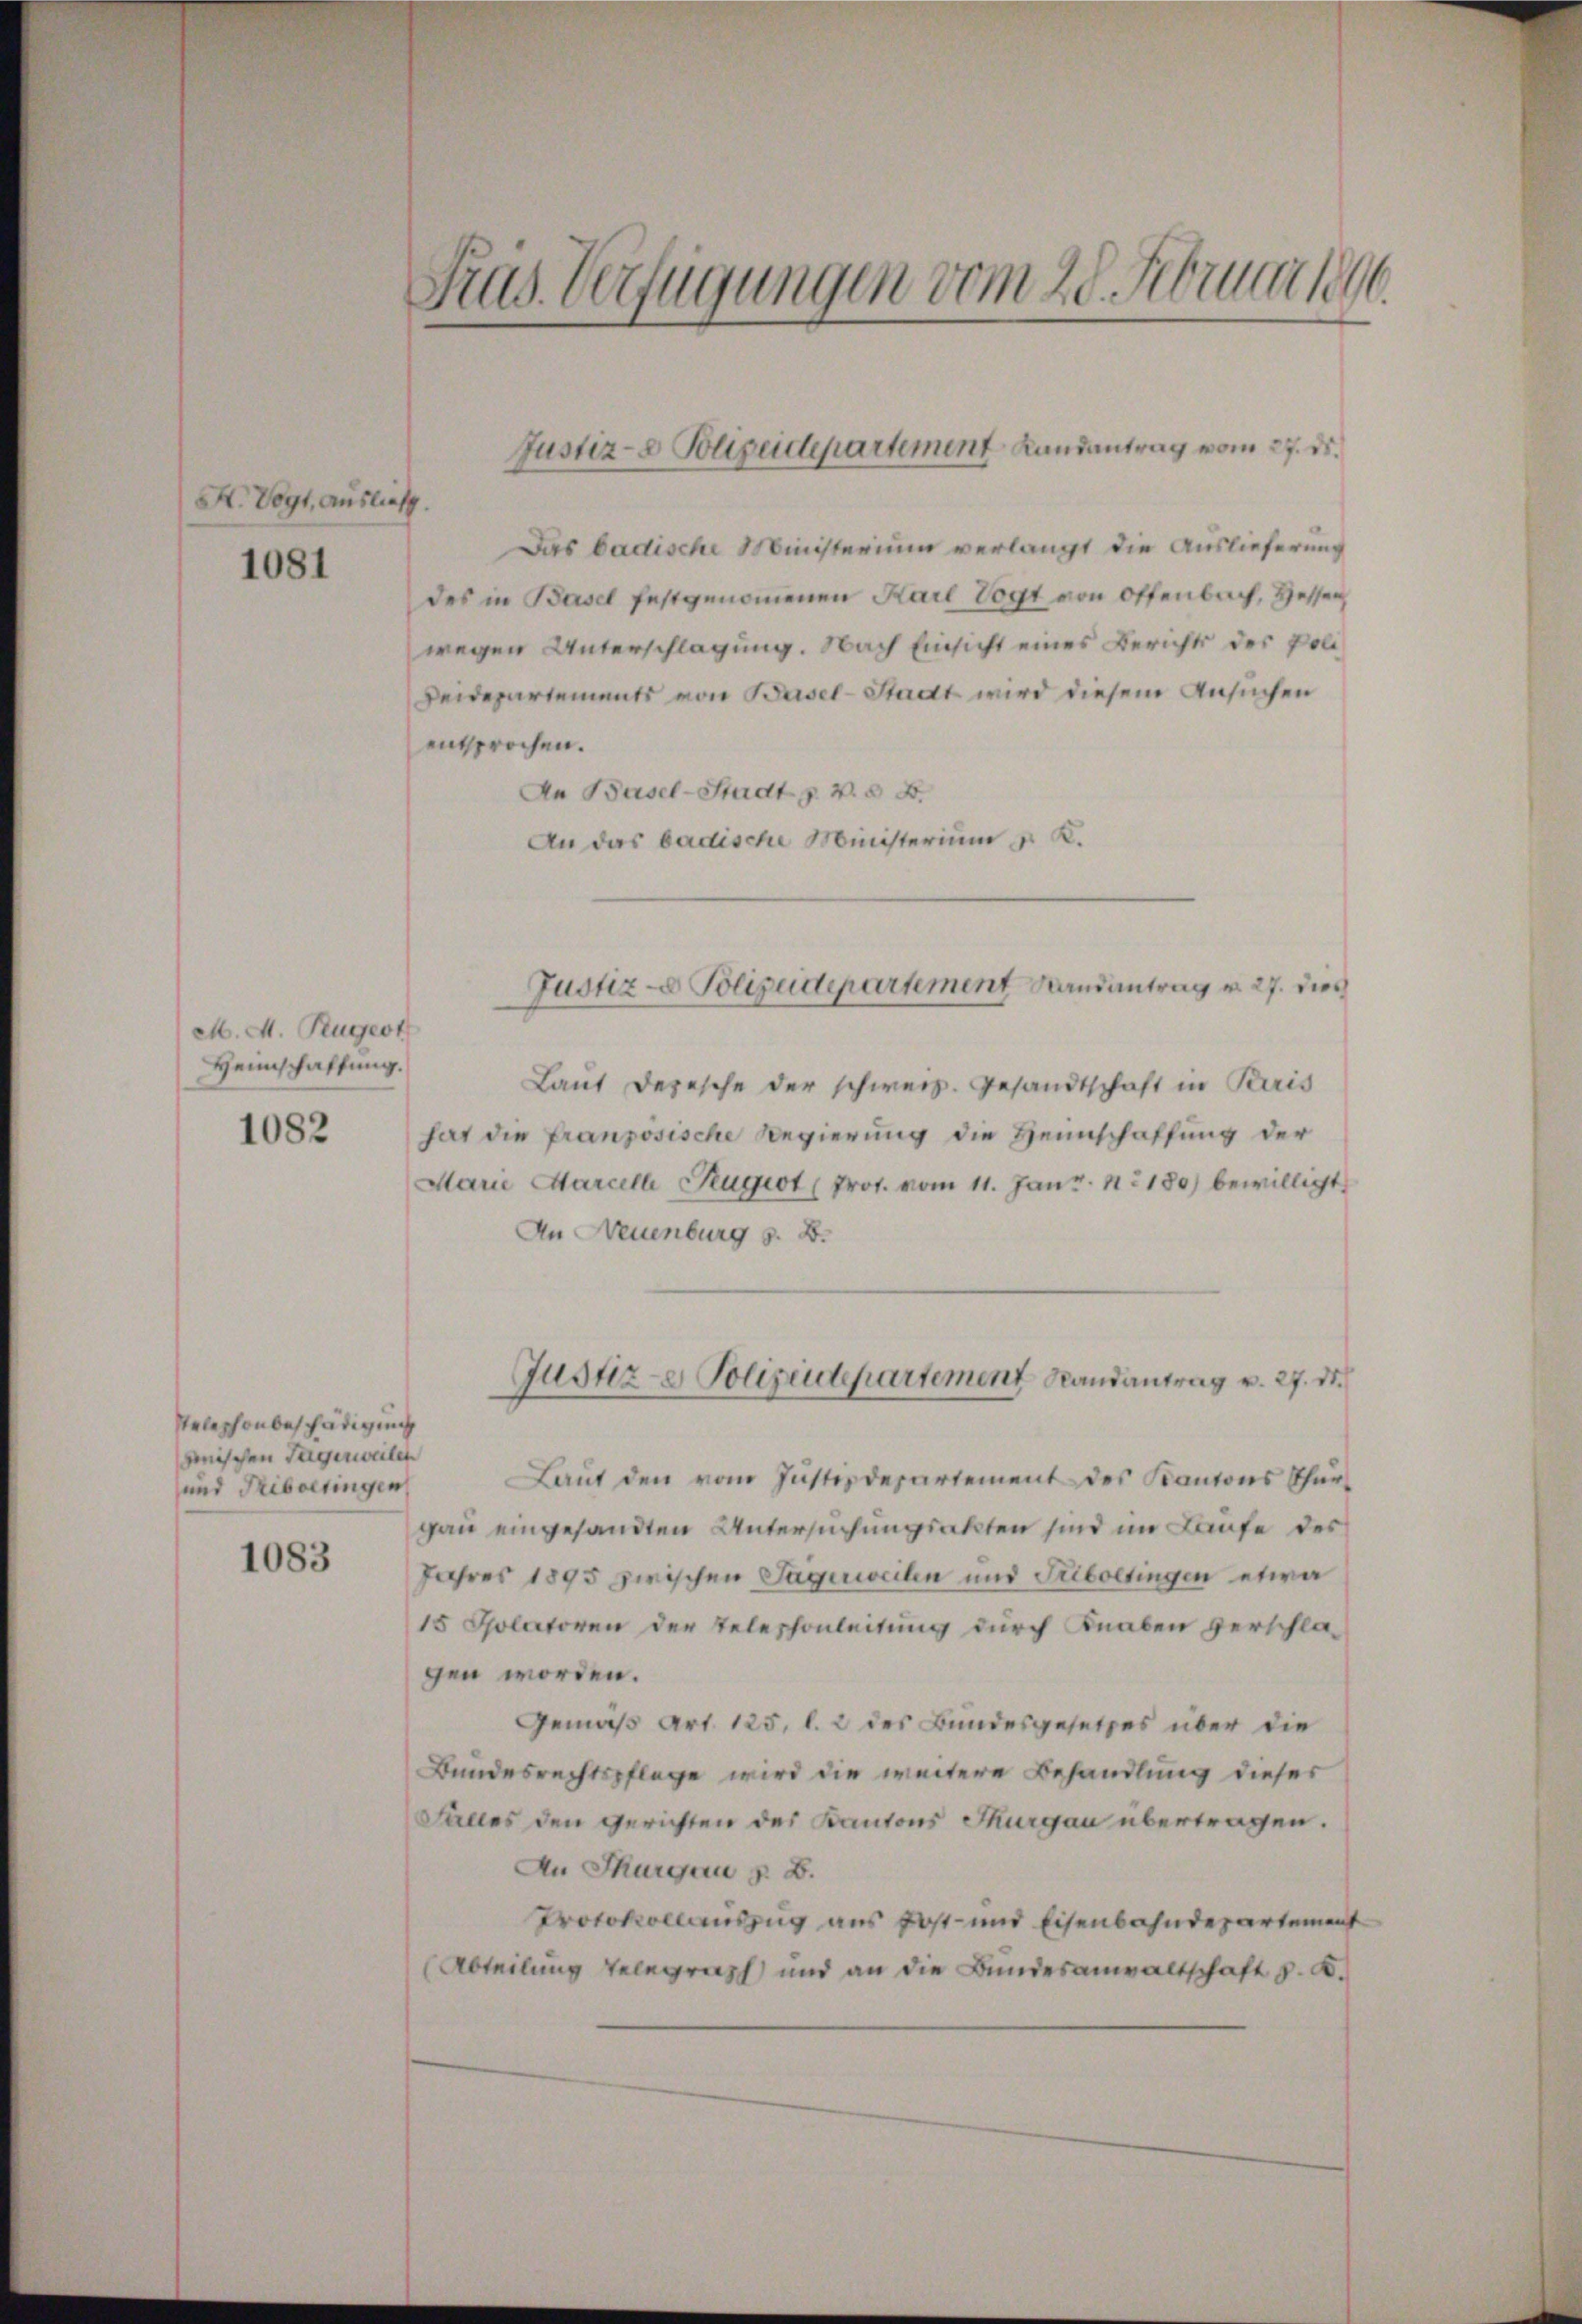
A. Vogt, Auslief.

1081

M. M. Rugest
Heimschaffung.
1082

Das badische Ministerium verlangt die Auslieferung
des in Basel festgenommenen Karl Vogt von Offenbach, Hessen
wegen Unterschlagung. Nach Einsicht eines Berichts des Poli¬
Deidepartements von Basel-Stadt wird diesem Ansuchen
entsprochen.
An Basel-Stadt z. B. § 8.
An das badische Ministerium u. K.
Laut Depesche der schweiz. Gesandtschaft in Paris
hat die französische Regierung die Heimschaffung der
Marie Marcelle Reugeot (Prot. vom 11. Janr. n. 180) bewilligt
An Neuenburg z. B.
Justiz- & Polizeidepartement Randantrag v. 27. d.
Laut den vom Justizdepartement des Kantons Thurgau eingesandten Untersuchungsakten sind im Laufe des
Jahres 1895 zwischen Tageweilen und Triboetingen etwa
15 Solatoren der Teleschonleitung durch Knaben verschla-
gen worden.
Gemäß Art. 125, l. 2 des Bundesgesetzes über die
Bundesrechtspflege wird die weitere Behandlung dieser
Falles den gerichten des Kantons Thurgau übertragen.
An Thurgau §. B.
Protokollauszug aus Post- und Eisenbahndepartement
(Abteilung telegraph, und an die Bundesanwaltschaft d. d.

Telephonbeschädigung
anischen Tagerweilen
und Tribueringen

1083

Präs. Verfügungen vom 28. Februar 1846.

Justiz- & Polizeidepartement Landantrag vom 27. ds.

Justiz- Polizeidepartement Randantrag v. 27. dies